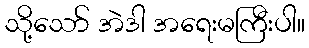
သို့သော် အဲဒါ အရေးမကြီးပါ။